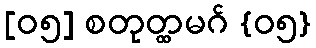
[၀၅] စတုတ္ထမဂ် {၀၅}